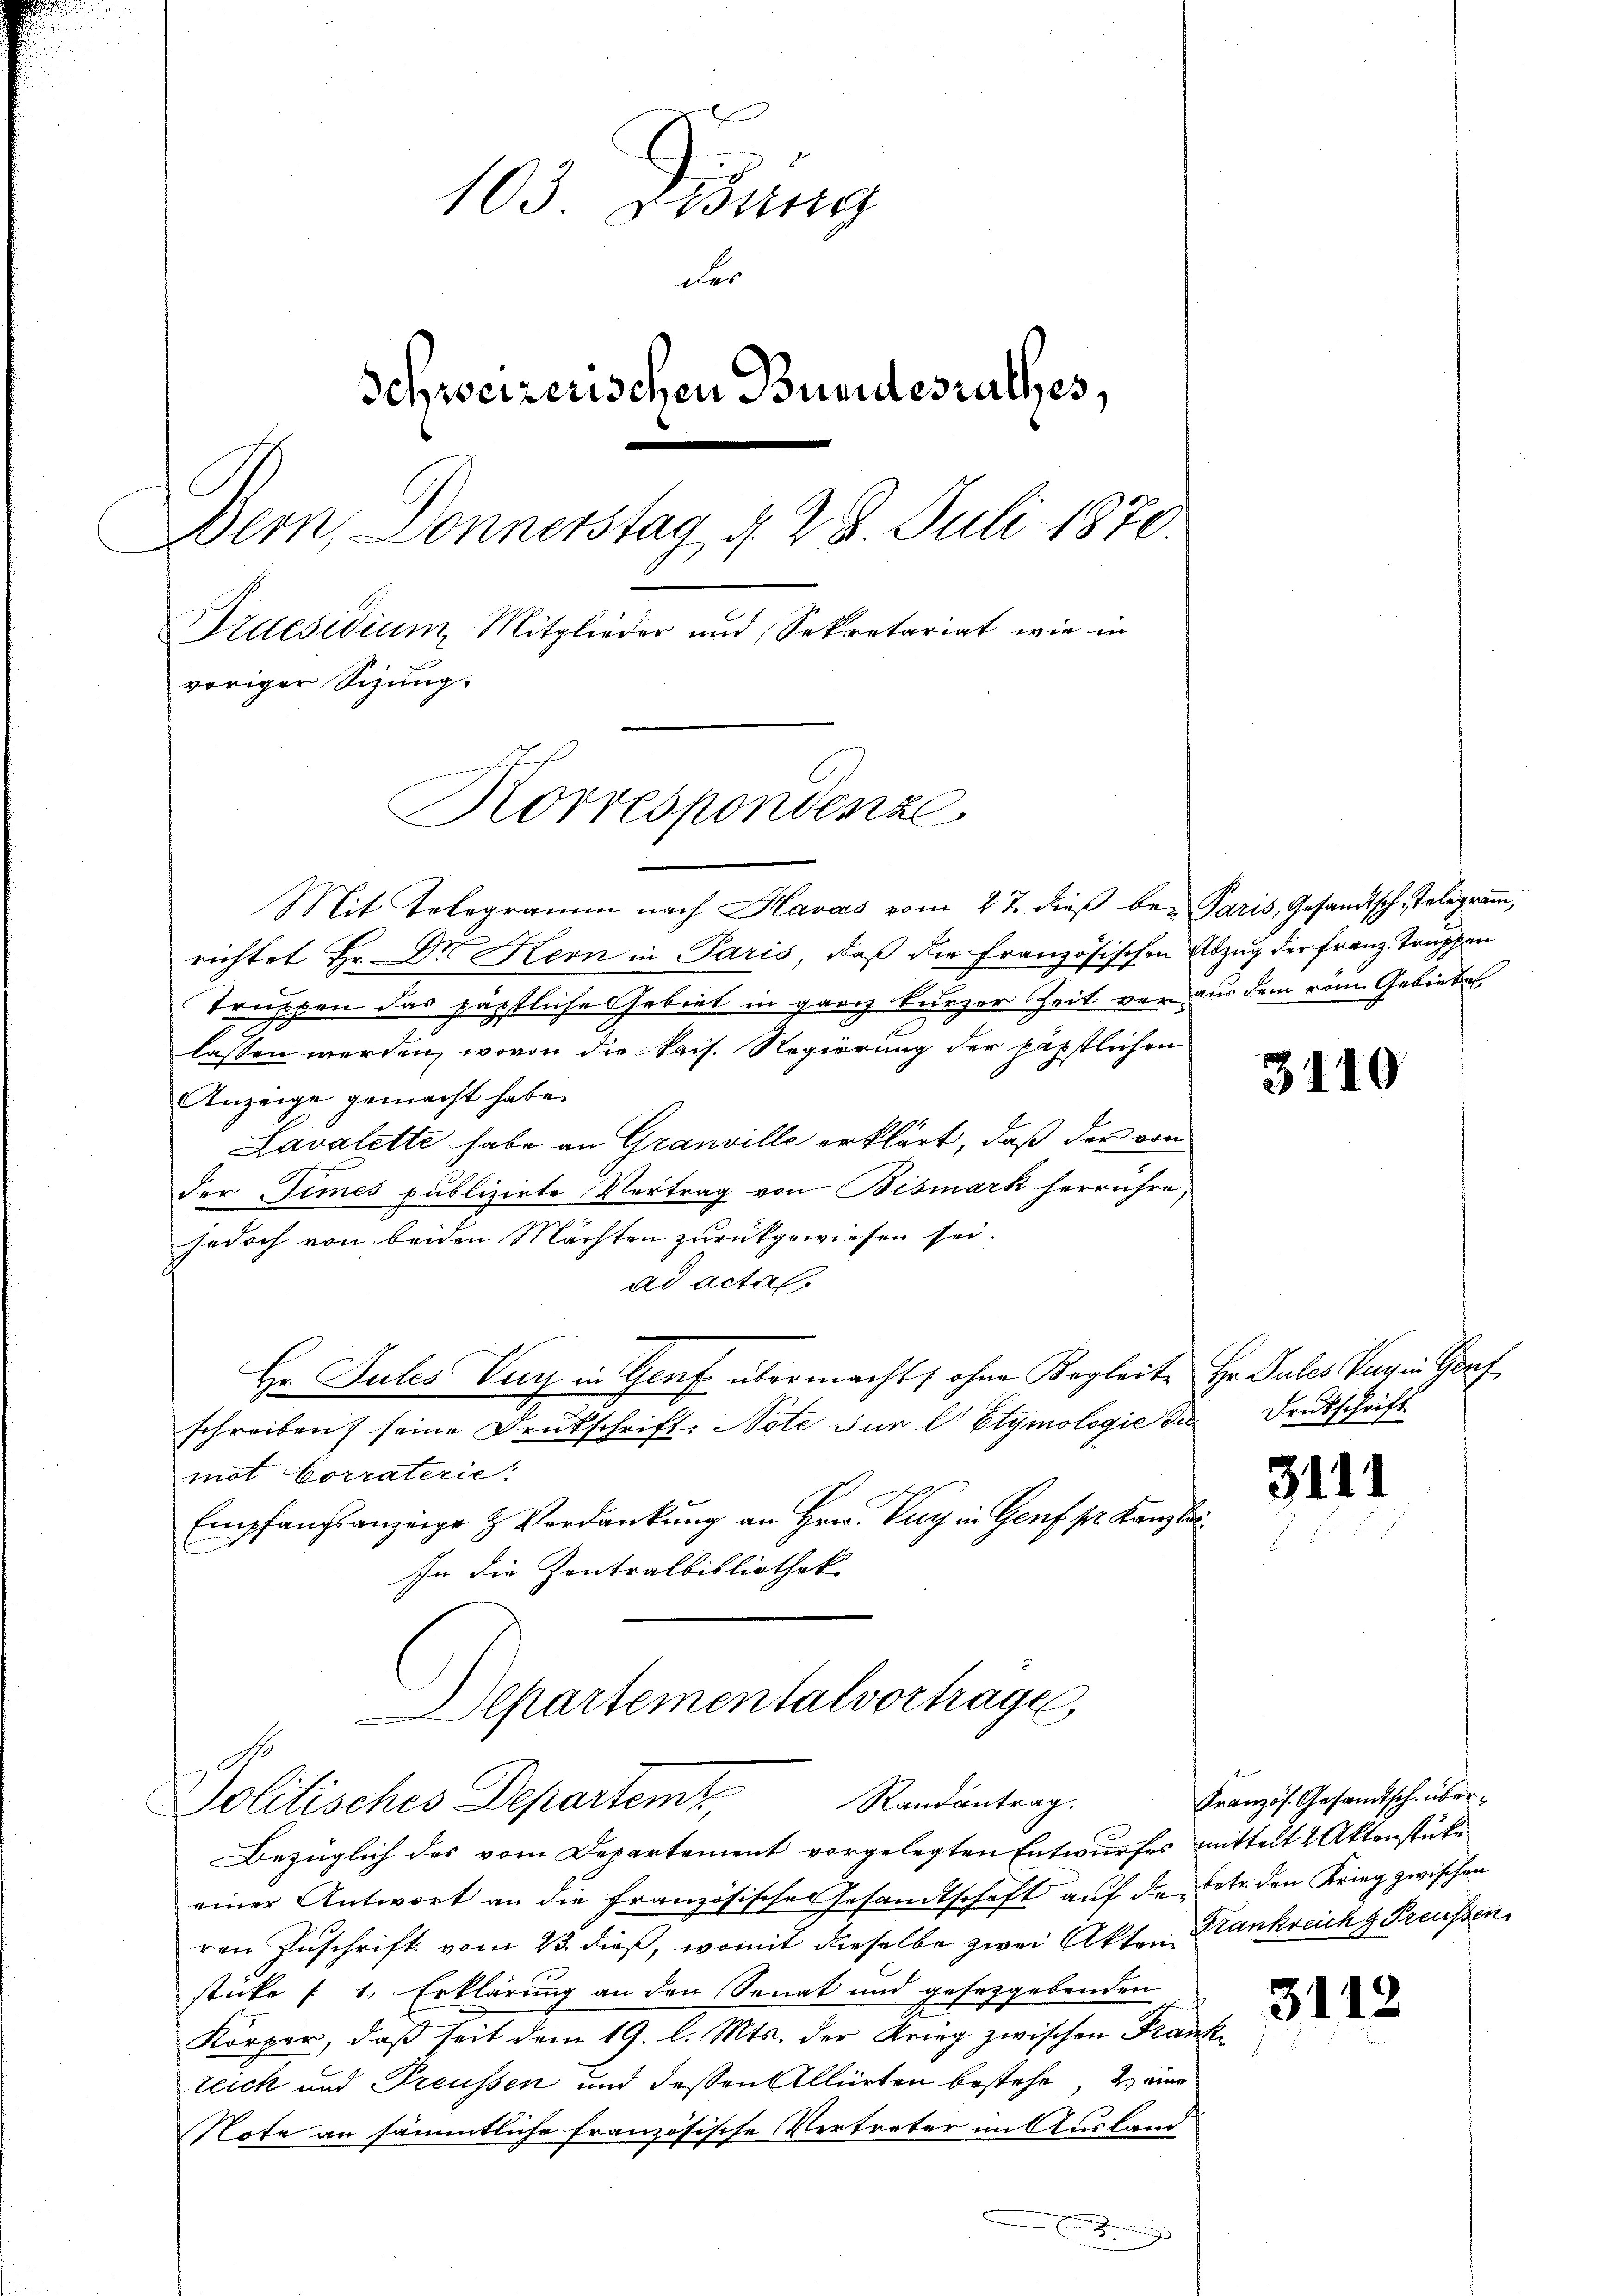
103. Lesung
der
Schweizerischen Bundesrathes,
Bern, Donnerstag d. 28. Juli 1870.
Praesidium, Mitglieder und Sekretariat wie in
voriger Sihung.
Korrespondenze

Mit Telegramm nach Havas vom 27. dieβ be- Paris, Gesandtsch, Telegram,
richtet Hr. Dr Kern in Paris, daß die Französischen Abzug der Franz Truppen
Truppen das päpstliche Gebiet in ganz kurzer Zeit vor aus dem vom Geliebes
.
lassen werden, wovon die kais. Regierung der päpstlichen
Anzeige gemacht habe.
Lavalette habe an Granville erklärt, daß der von
der Simes publizirte Vertrag von Bismark herrühre,
jedoch von beiden Machten zurückgewiesen sei.
ad actal
Hr. Jules Zug in Genf übermacht, ohne Begleite Hr. Pules Tagen Gorf
schreiben seine Drukschrift: Note für l Etymologie die Drukschrift
mot Corraterie.
Empfangsanzeige & Verdankung an Hrn. Puy in Genf sr. Kanzlei.
In die Zentralbibliothek.
partementalvortrage,
Randantrag.
Politisches Departemt,
Bezüglich des vom Departement vorgelegten Entwurfes mittelt 2 Aktenstücke
einer Antwort an die französisches Gesandtschaft auf de Note den Krieg zwischen
ren Zuschrift vom 23. dieß, womit dieselbe zwei Akten Krankreichg Preussen
sticke (1. Erklärung an den Senat und gesetzgebenden
Kärper, daß seit dem 19. l. Mts. der Krieg zwischen Frante d
teick und Treussen und dessen Alliirten bestehe, eine
Nofe an sämmtliche französische Vertreter im Ausland
x
E

3110

31.

Kranzös. Gesandtsch über¬

2